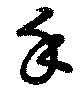
手